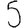
Digit: 5